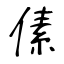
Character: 傃